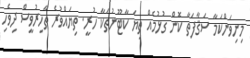
މިނިވަންކަމާ ސަޤާފަތާ ކޮން ގުޅުމެއް ތިޔަ ކާޓޫނުތަކާ ހުރީ. ތިޔައްވުރެ ތާހިރުވީސް ދިވެހި